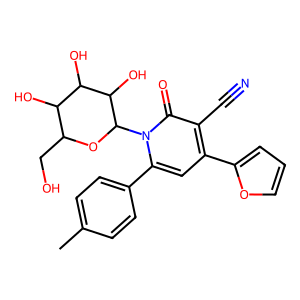
SMILES: Cc1ccc(-c2cc(-c3ccco3)c(C#N)c(=O)n2C2OC(CO)C(O)C(O)C2O)cc1
Inhibits HIV replication: Yes